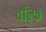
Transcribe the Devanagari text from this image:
वॉल्फ